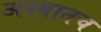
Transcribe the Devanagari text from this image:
अश्यातच